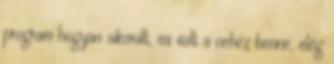
program hogyan sikerült, mi volt a nehéz benne, elég